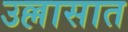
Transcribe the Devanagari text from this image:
उल्लासात